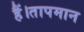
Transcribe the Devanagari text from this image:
हैं।तापमान